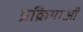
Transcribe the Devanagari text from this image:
प्रक्रियाओँ